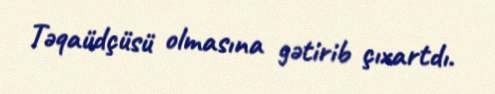
Təqaüdçüsü olmasına gətirib çıxartdı.